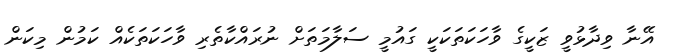
އޭނާ ވިދާޅުވީ ޒަކީގެ ވާހަކަތަކަކީ ގައުމީ ސަލާމަތަށް ނުރައްކާތެރި ވާހަކަތަކެއް ކަމުން މިކަން